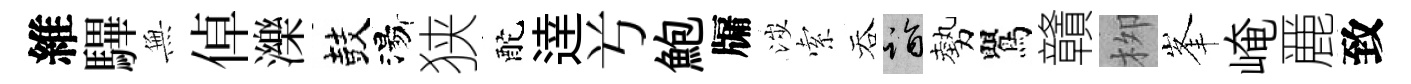
維驆𭴾倬濼鼓湯狭酡逹𠔃鮑牖涉索吞诣勢鸎贛栁峯崦䴡致